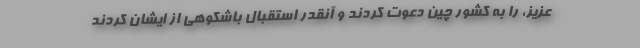
عزیز، را به کشور چین دعوت کردند و آنقدر استقبال باشکوهی از ایشان کردند